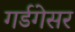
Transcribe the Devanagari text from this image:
गर्डगेसर